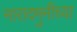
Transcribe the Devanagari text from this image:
नारादमुनींच्या